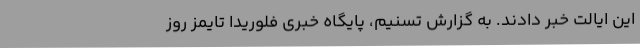
این ایالت خبر دادند. به گزارش تسنیم، پایگاه خبری فلوریدا تایمز روز